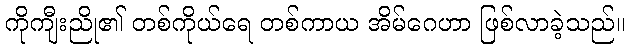
ကိုကျီးညို၏ တစ်ကိုယ်ရေ တစ်ကာယ အိမ်ဂေဟာ ဖြစ်လာခဲ့သည်။